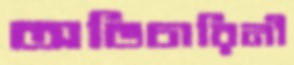
অভিচারিনী